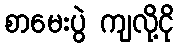
စာမေးပွဲ ကျလို့ငို